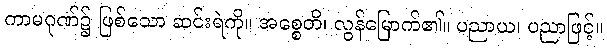
ကာမဂုဏ်၌ ဖြစ်သော ဆင်းရဲကို။ အစ္စေတိ၊ လွန်မြောက်၏။ ပညာယ၊ ပညာဖြင့်။